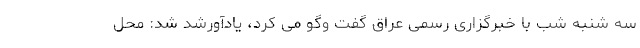
سه شنبه شب با خبرگزاری رسمی عراق گفت وگو می کرد، یادآورشد شد: محل